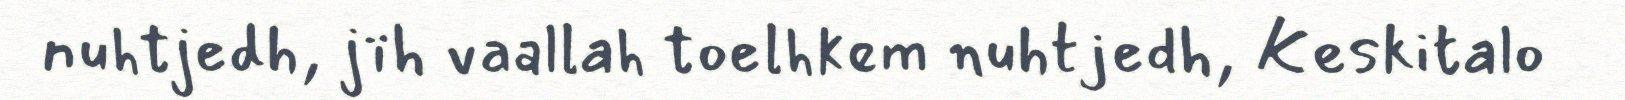
nuhtjedh, jïh vaallah toelhkem nuhtjedh, Keskitalo